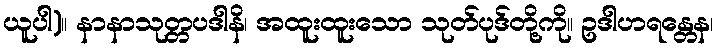
ယူပါ)။ နာနာသုတ္တပဒါနိ၊ အထူးထူးသော သုတ်ပုဒ်တို့ကို။ ဥဒါဟရန္တေန၊